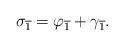
LaTeX: \begin{align*}\sigma _{\overline{1}}=\varphi _{\overline{1}}+\gamma _{\overline{1}}.\end{align*}